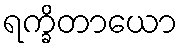
ရက္ခိတာယော